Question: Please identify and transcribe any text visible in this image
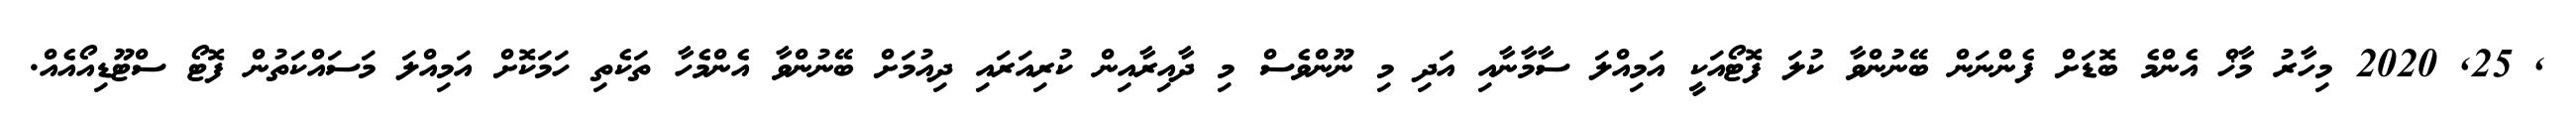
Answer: , 25, 2020 މިހާރު މާޚް އެންމެ ބޮޑަށް ފެންނަން ބޭނުންވާ ކުލަ ފޮޓޯއަކީ އަމިއްލަ ސާމާނާއި އަދި މި ނޫންވެސް މި ދާއިރާއިން ކުރިއަރައި ދިއުމަށް ބޭނުންވާ އެންމެހާ ތަކެތި ހަމަކޮށް އަމިއްލަ މަސައްކަތުން ފޮޓޯ ސްޓޫޑިއޯއެއް.